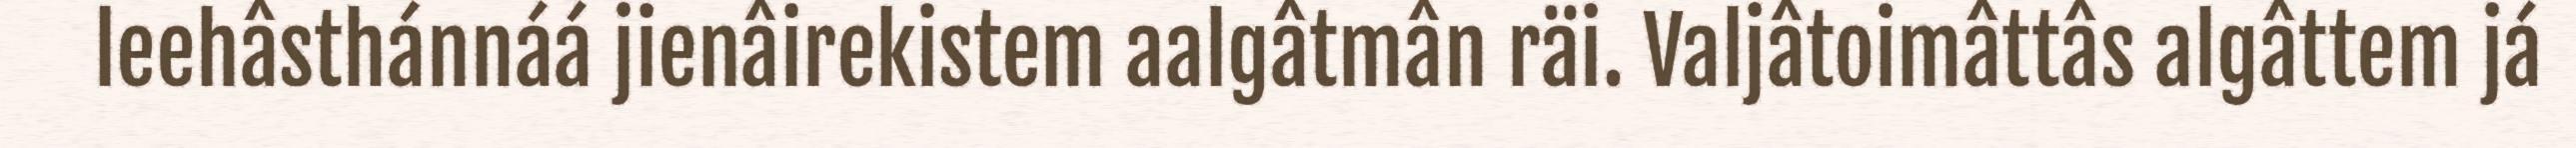
leehâsthánnáá jienâirekistem aalgâtmân räi. Valjâtoimâttâs algâttem já